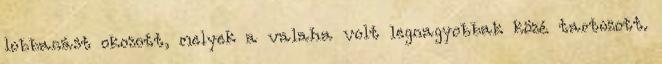
lobbanást okozott, melyek a valaha volt legnagyobbak közé tartozott.